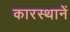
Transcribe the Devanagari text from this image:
कारस्थानें